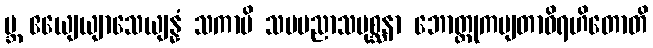
ဗ္ဘ ဧယျေယျာသေယျန္နံ သကာပိ သမပညာသမုစ္ဆနာ ဘောတ္တုကမျတာဝိရဟိတောတိ